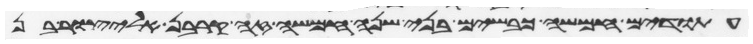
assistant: עתודים חמשה כבשים בני שנה חמשה זה קרבן אליצור בן